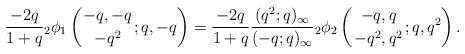
LaTeX: \begin{align*}\frac{-2q}{1+q} {}_2\phi_1 \left(\genfrac{}{}{0pt}{}{-q,-q}{-q^2};q,-q\right) = \frac{-2q}{1+q}\frac{(q^2;q)_\infty}{(-q;q)_\infty} {}_2\phi_2 \left(\genfrac{}{}{0pt}{}{-q,q}{-q^2,q^2};q,q^2\right).\end{align*}